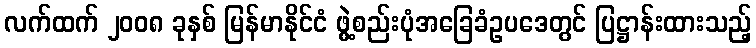
လက်ထက် ၂၀၀၈ ခုနှစ် မြန်မာနိုင်ငံ ဖွဲ့စည်းပုံအခြေခံဥပဒေတွင် ပြဋ္ဌာန်းထားသည့်